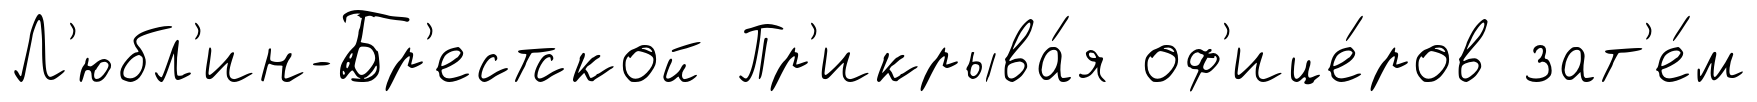
Л'юбл'ин-Бр'естской Пр'икрыва́я оф'ице́ров зат'е́м